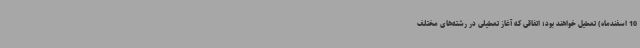
10 اسفندماه) تعطیل خواهند بود؛ اتفاقی که آغاز تعطیلی در رشته‌های مختلف